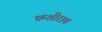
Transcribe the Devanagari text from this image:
कशीराम